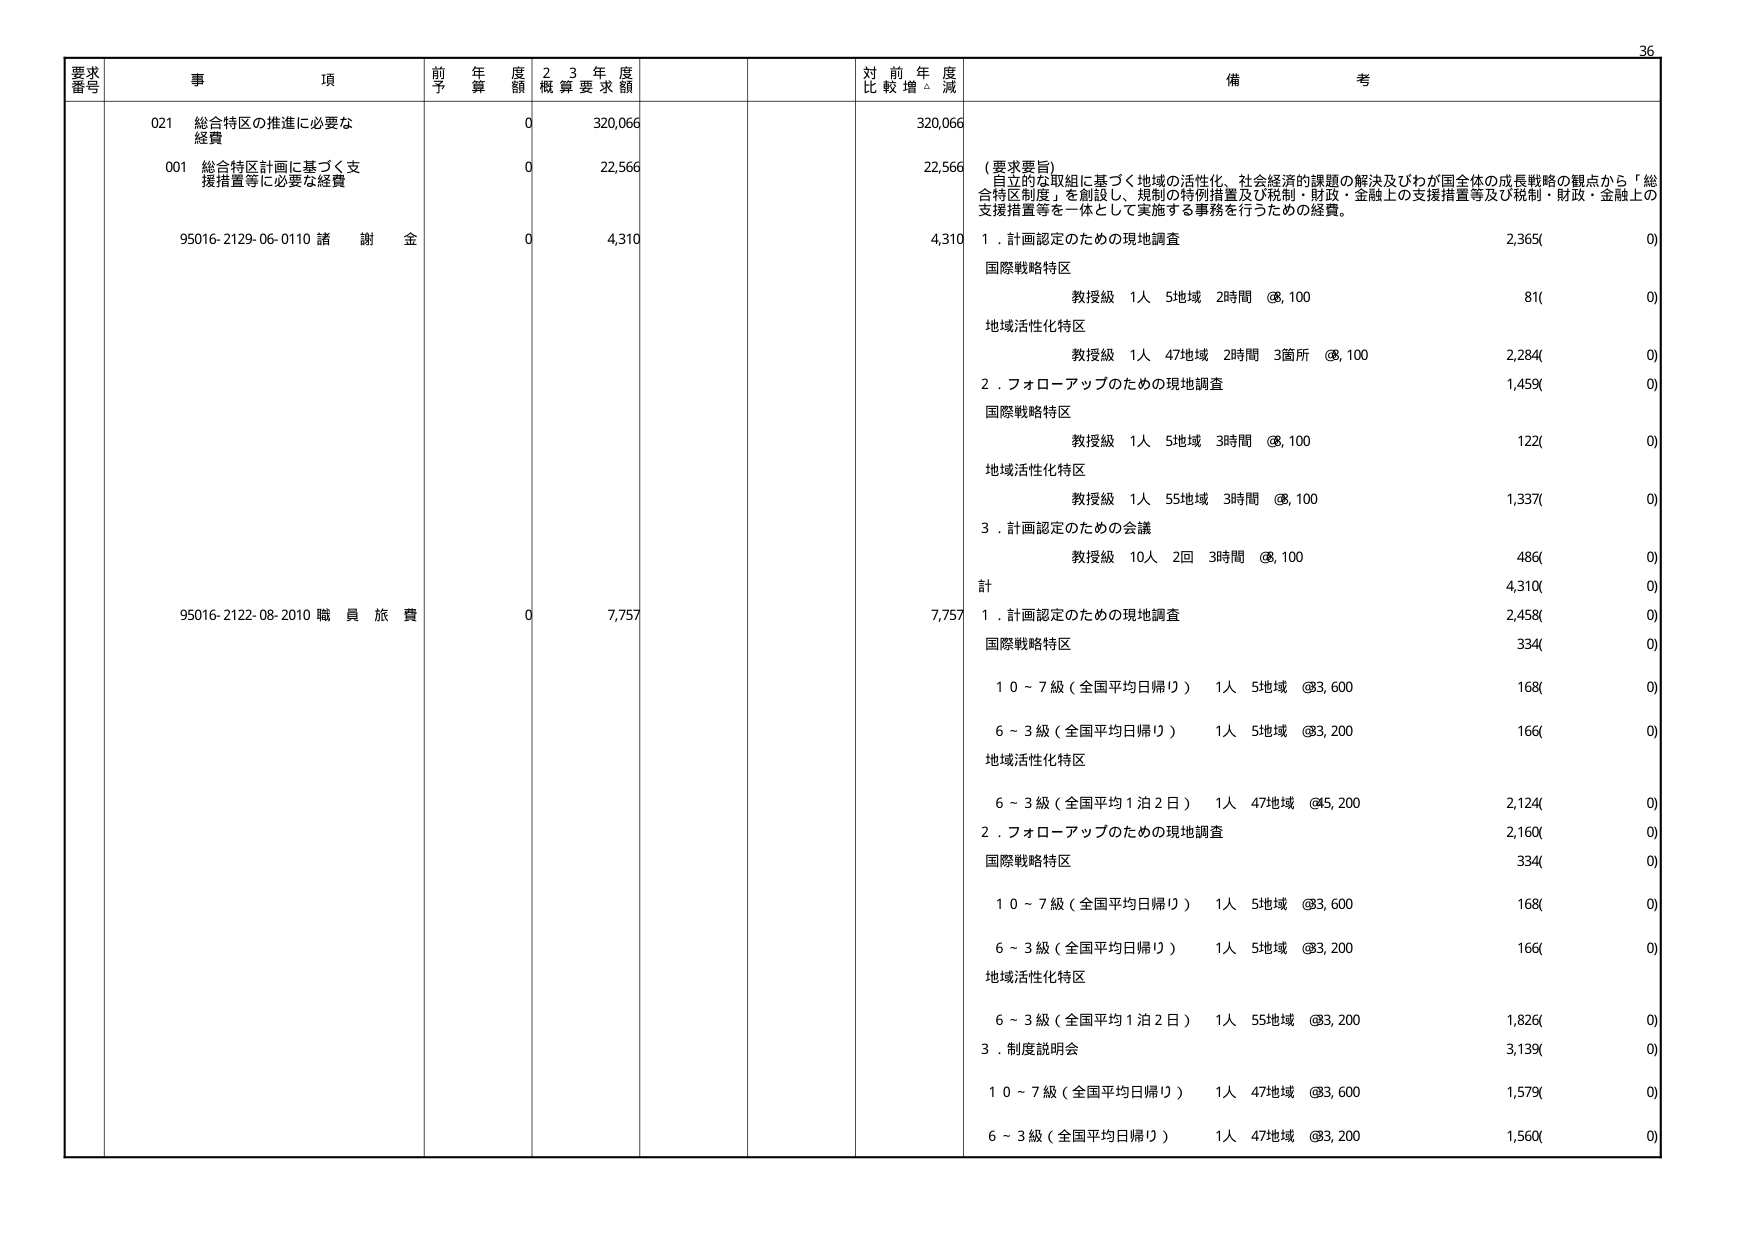
要求番号 事項 前年度予算額 23年度概算要求額 対前年度比較増減 備考
021 総合特区の推進に必要な経費 0 320,066 320,066
001 総合特区計画に基づく支援措置等に必要な経費 0 22,566 22,566 （要求要旨）自立的な取組に基づく地域の活性化、社会経済的課題の解決及びわが国全体の成長戦略の観点から「総合特区制度」を創設し、規制の特例措置及び税制・財政・金融上の支援措置等及び税制・財政・金融上の支援措置等を一体として実施する事務を行うための経費。
95016-2129-06-0110 諸謝金 0 4,310 4,310 1．計画認定のための現地調査 2,365(0) 国際戦略特区 教授級 1人 5地域 2時間 @8,100 81(0) 地域活性化特区 教授級 1人 47地域 2時間 3箇所 @8,100 2,284(0) 2．フォローアップのための現地調査 1,459(0) 国際戦略特区 教授級 1人 5地域 3時間 @8,100 122(0) 地域活性化特区 教授級 1人 55地域 3時間 @8,100 1,337(0) 3．計画認定のための会議 教授級 10人 2回 3時間 @8,100 486(0) 計 4,310(0)
95016-2122-08-2010 職員旅費 0 7,757 7,757 1．計画認定のための現地調査 2,458(0) 国際戦略特区 334(0) 10～7級（全国平均日帰り） 1人 5地域 @83,600 168(0) 6～3級（全国平均日帰り） 1人 5地域 @83,200 166(0) 地域活性化特区 6～3級（全国平均1泊2日） 1人 47地域 @45,200 2,124(0) 2．フォローアップのための現地調査 2,160(0) 国際戦略特区 334(0) 10～7級（全国平均日帰り） 1人 5地域 @83,600 168(0) 6～3級（全国平均日帰り） 1人 5地域 @83,200 166(0) 地域活性化特区 6～3級（全国平均1泊2日） 1人 55地域 @83,200 1,826(0) 3．制度説明会 3,139(0) 10～7級（全国平均日帰り） 1人 47地域 @83,600 1,579(0) 6～3級（全国平均日帰り） 1人 47地域 @83,200 1,560(0)